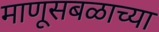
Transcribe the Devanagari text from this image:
माणूसबळाच्या